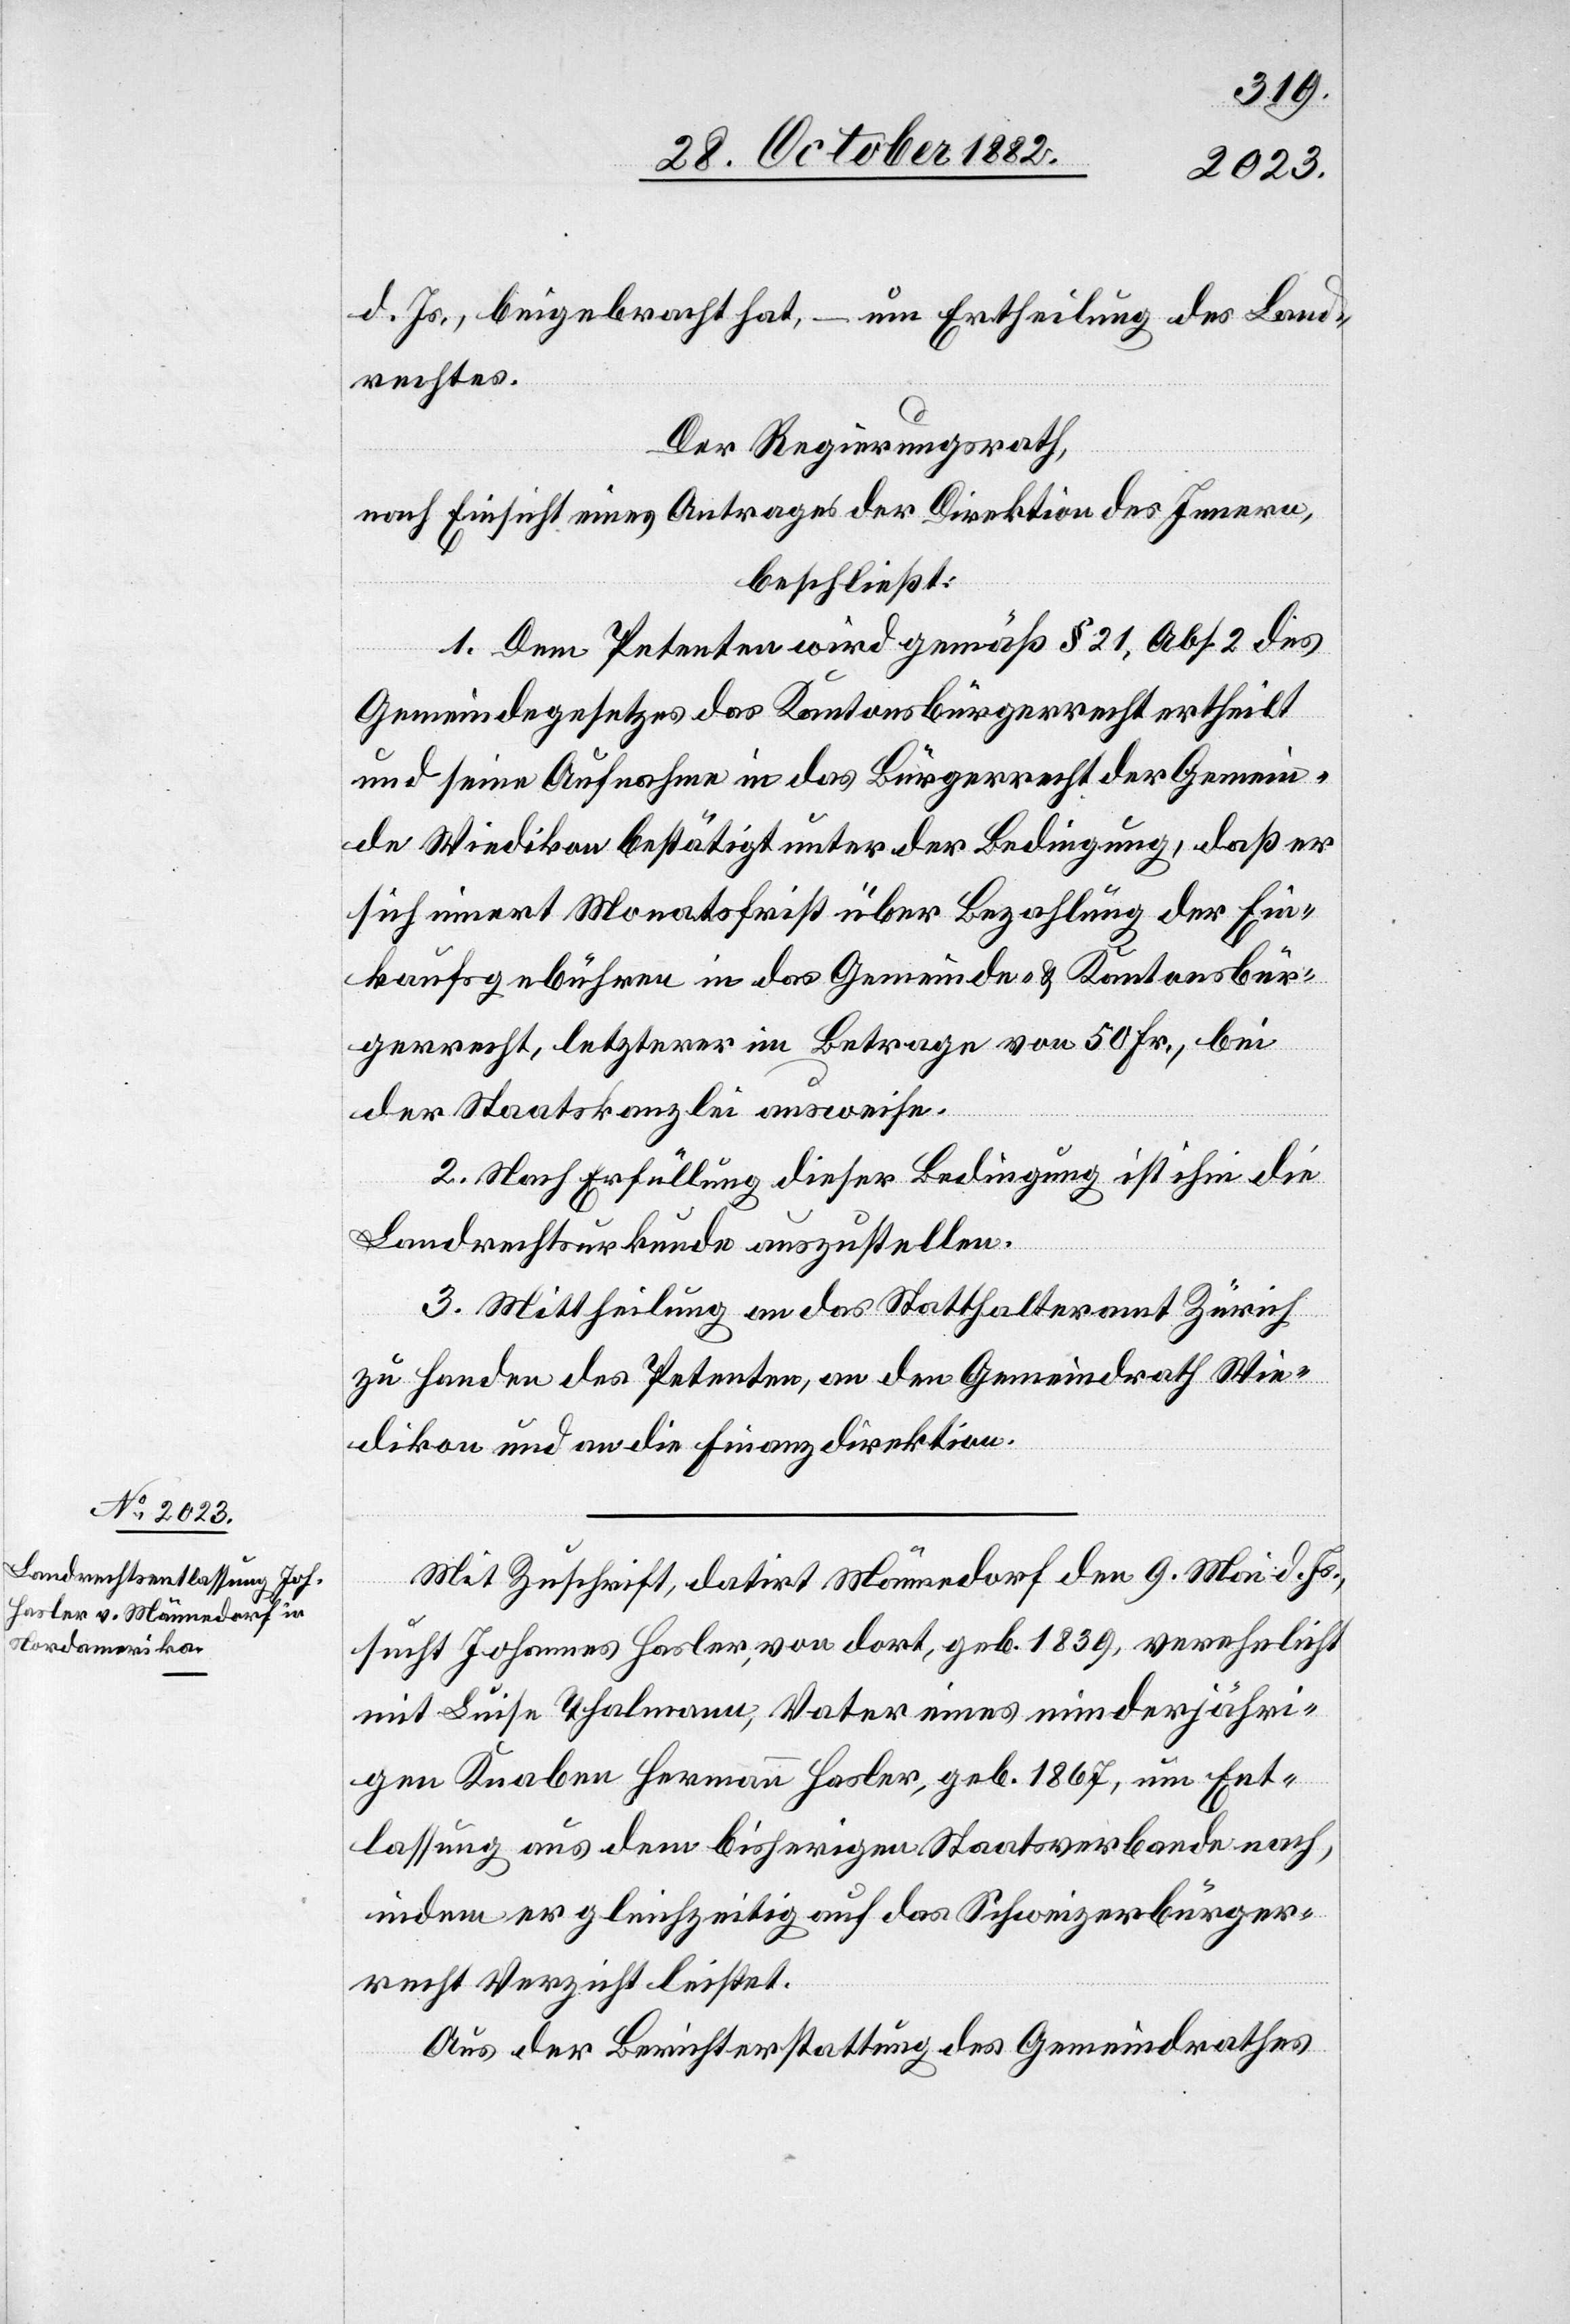
d. Js., beigebracht hat, – um Ertheilung des Land¬
rechtes.
Der Regierungsrath,
nach Einsicht eines Antrages der Direktion des Innern,
beschließt:
1. Dem Petenten wird gemäß § 21, Abs. 2 des
Gemeindegesetzes das Kantonsbürgerrecht ertheilt
und seine Aufnahme in das Bürgerrecht der Gemein¬
de Wiedikon bestätigt unter der Bedingung, daß er
sich innert Monatsfrist über Bezahlung der Ein¬
kaufsgebühren in das Gemeinde- & Kantonsbür¬
gerrecht, letzterer im Betrage von 50 Fr., bei
der Staatskanzlei ausweise.
2. Nach Erfüllung dieser Bedingung ist ihm die
Landrechtsurkunde auszustellen.
3. Mittheilung an das Statthalteramt Zürich
zu Handen des Petenten, an den Gemeindrath Wie¬
dikon und an die Finanzdirektion.
Mit Zuschrift, datirt Männedorf den 9. Mai d. Js.
sucht Johannes Hasler, von dort, geb. 1839, verehelicht
mit Luisa Thalmann, Vater eines minderjähri¬
gen Knaben Hermann Hasler, geb. 1867, um Ent¬
lassung aus dem bisherigen Staatsverbande nach,
indem er gleichzeitig auf das Schweizerbürger¬
recht Verzicht leistet.
Aus der Berichterstattung des Gemeindrathes